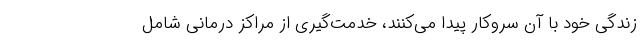
زندگی خود با آن سروکار پیدا می‌کنند، خدمت‌گیری از مراکز درمانی شامل